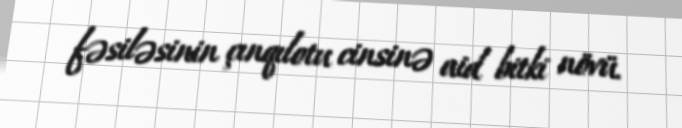
fəsiləsinin çınqılotu cinsinə aid bitki növü.